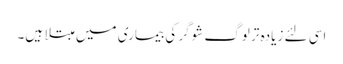
اسی لئے زیادہ تر لوگ شوگر کی بیماری میں مبتلا ہیں۔